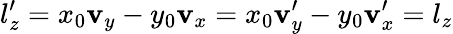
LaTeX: l_{z}^{\prime}=x_{0}\mathbf{v}_{y}-y_{0}\mathbf{v}_{x}=x_{0}\mathbf{v}_{y}^{\prime}-y_{0}\mathbf{v}_{x}^{\prime}=l_{z}